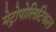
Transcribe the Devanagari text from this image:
मेट्रोपोलिटिकल